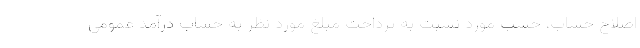
اصلاح حساب، حسب مورد نسبت به پرداخت مبلغ مورد نظر به حساب درآمد عمومی